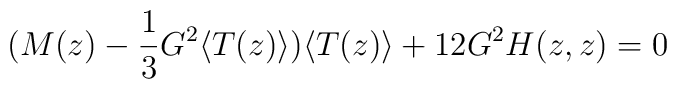
(M(z)-\frac{1}{3}G^2\langle T(z)\rangle)\langle T(z)\rangle +12 G^2 H(z,z) =0